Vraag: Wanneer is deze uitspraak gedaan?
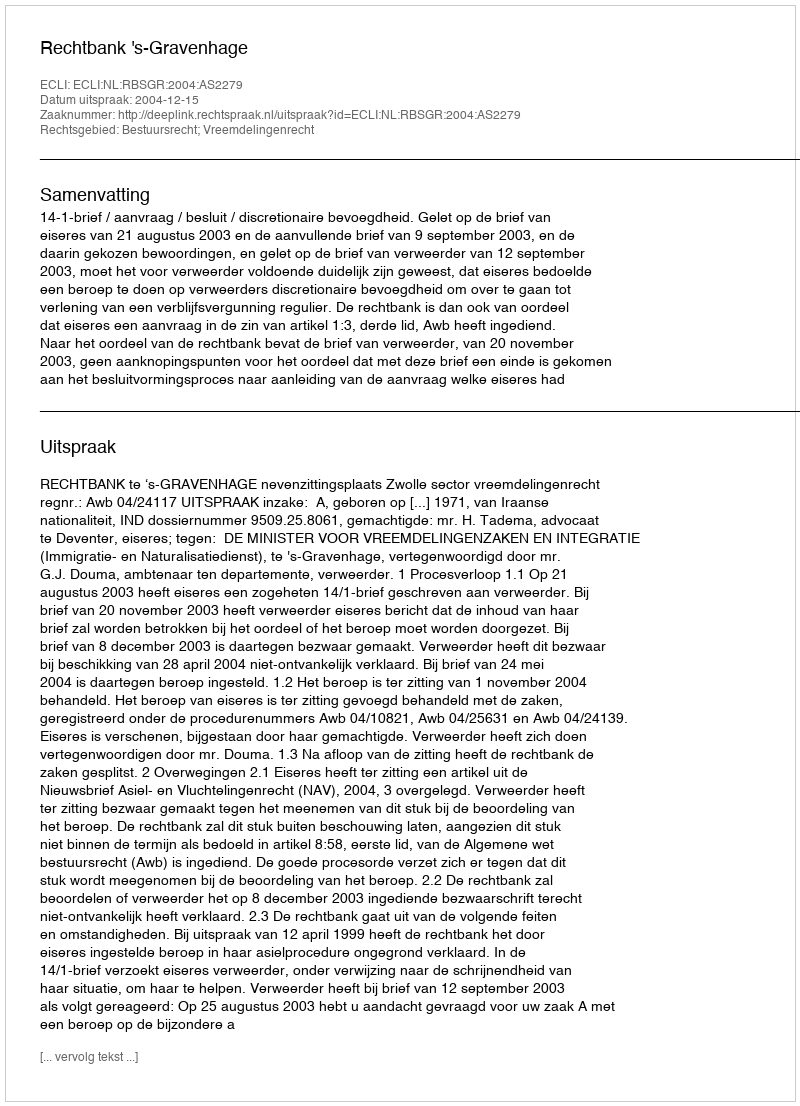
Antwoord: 2004-12-15